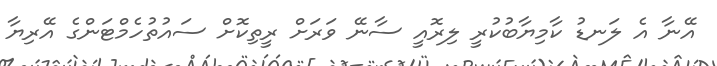
އޭނާ އެ ލަނޑު ކާމިޔާބުކުރީ ލިރޮއީ ސާނޭ ވަރަށް ރީތިކޮށް ސައުތުހެމްޓަންގެ އޭރިޔާ